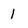
Character: 1